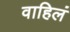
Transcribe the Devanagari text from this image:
वाहिलं